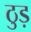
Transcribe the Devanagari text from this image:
ठुड़